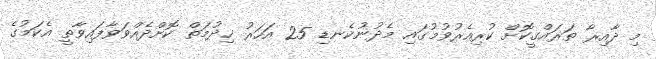
މި ދާއިރާ ތަރައްގީކޮށް ކުރިއެރުވުމުގައި މެދުނުކެނޑި 25 އަހަރު ޚިދުމަތް ކޮށްދެއްވަވާފައިވާތީ އެކަމުގެ